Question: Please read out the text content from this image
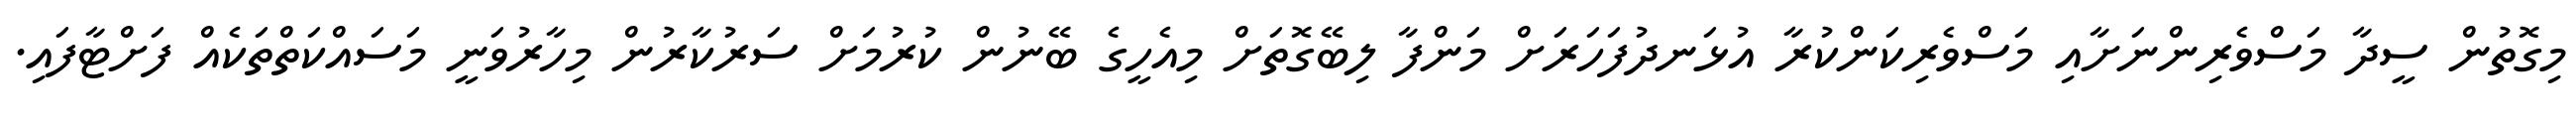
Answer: މިގޮތުން ސީދާ މަސްވެރިންނަށާއި މަސްވެރިކަންކުރާ އުޅަނދުފަހަރަށް މަންފާ ލިބޭގޮތަށް މިއެހީގެ ބޭނުން ކުރުމަށް ސަރުކާރުން މިހާރުވަނީ މަސައްކަތްތަކެއް ފަށްޓާފައި.